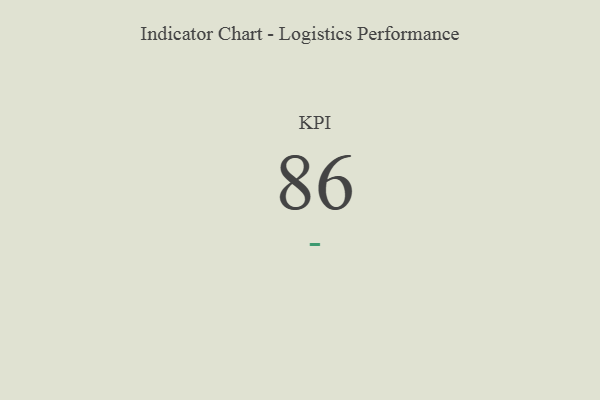
{"axis": {"x": "KPI", "y": "Value"}, "legend": [""], "data": [{"x": "KPI", "y": 86, "type": ""}]}